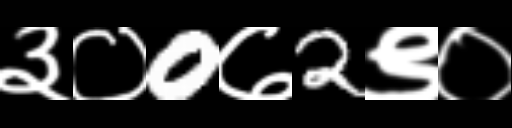
Text: ३०0७2९०